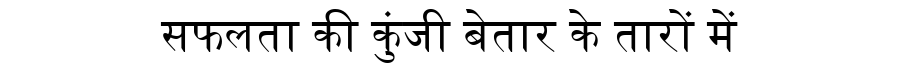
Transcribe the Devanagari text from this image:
सफलता की कुंजी बेतार के तारों में